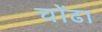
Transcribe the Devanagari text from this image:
चोंढा